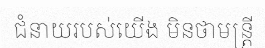
ជំនាយរបស់យើង មិនថាមន្ត្រី